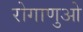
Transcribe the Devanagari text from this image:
रोगाणुओ